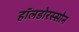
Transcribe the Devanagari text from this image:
हॉलडोरस्सोन